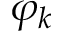
\varphi _ { k }